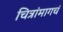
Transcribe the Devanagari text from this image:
चित्रांमागचं